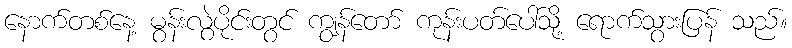
နောက်တစ်နေ့ မွန်းလွဲပိုင်းတွင် ကျွန်တော် ကုန်းပတ်ပေါ်သို့ ရောက်သွားပြန် သည်။